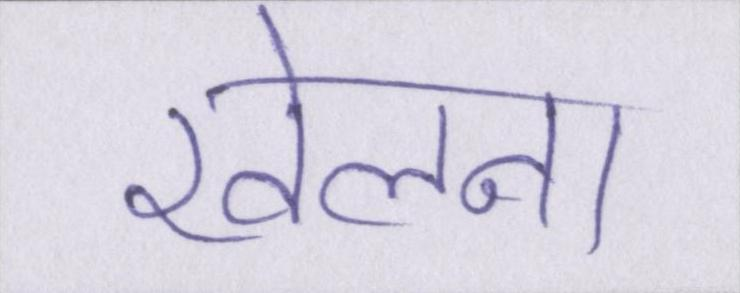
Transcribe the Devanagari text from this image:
खेलना